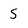
Character: S